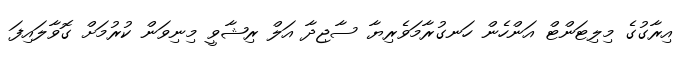
އިރާގުގެ މިލިޓަންޓް އަންހެން ހަނގުރާމަވެރިޔާ ސާޖިދާ އަލް ރިޝާވީ މިނިވަން ކުރުމަށް ގޮވާލައިފަ